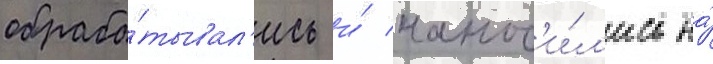
обраба́тывал'ись и́ нанос'и́л'ись на́